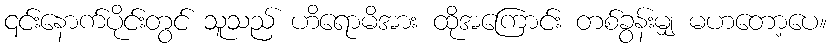
၎င်းနောက်ပိုင်းတွင် သူသည် ဟိရောမိအား ထိုအကြောင်း တစ်ခွန်းမျှ မဟတော့ပေ။